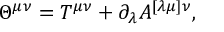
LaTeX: \Theta ^ { \mu \nu } = T ^ { \mu \nu } + \partial _ { \lambda } A ^ { [ \lambda \mu ] \nu } ,